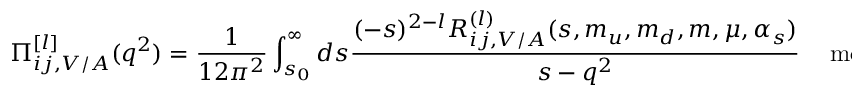
\displaystyle \Pi _ { i j , V / A } ^ { [ l ] } ( q ^ { 2 } ) = \frac { 1 } { 1 2 \pi ^ { 2 } } \int _ { s _ { 0 } } ^ { \infty } d s \frac { ( - s ) ^ { 2 - l } R _ { i j , V / A } ^ { ( l ) } ( s , m _ { u } , m _ { d } , m { } , \mu , \alpha _ { s } ) } { s - q ^ { 2 } } \ \ \ \; \; \mathrm { m o d \; s u b }